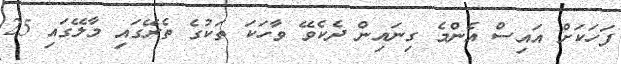
ފަހަކަށް އައިސް އެންމެ ގިނައިން ދެކެވޭ ވާހަކަ ތަކުގެ ތެރޭގައި މާލޭގައި 25